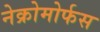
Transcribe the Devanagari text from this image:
नेक्रोमोर्फस